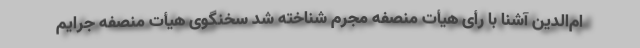
ام‌الدین آشنا با رأی هیأت منصفه مجرم شناخته شد سخنگوی هیأت منصفه جرایم